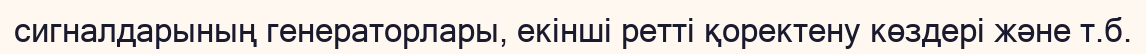
сигналдарының генераторлары, екінші ретті қоректену көздері және т.б.